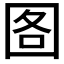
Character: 𮰘